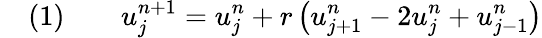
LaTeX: \quad(1)\qquad u_{j}^{n+1}=u_{j}^{n}+r\left(u_{j+1}^{n}-2u_{j}^{n}+u_{j-1}^{n}\right)